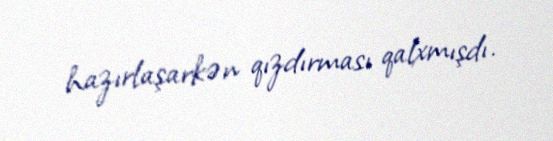
hazırlaşarkən qızdırması qalxmışdı.